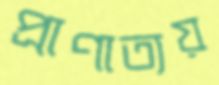
প্রাণাত্যয়